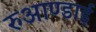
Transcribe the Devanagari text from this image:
रुआण्डाई